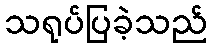
သရုပ်ပြခဲ့သည်